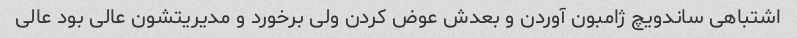
اشتباهی ساندویچ ژامبون آوردن و بعدش عوض کردن ولی برخورد و مدیریتشون عالی بود عالی